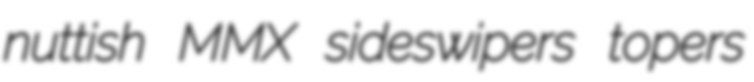
nuttish MMX sideswipers topers